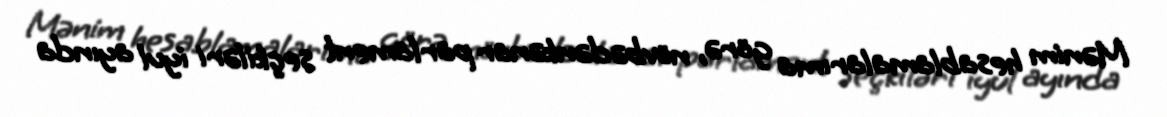
Mənim hesablamalarıma görə, növbədənkənar parlament seçkiləri iyul ayında